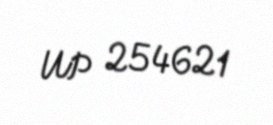
UP 254621